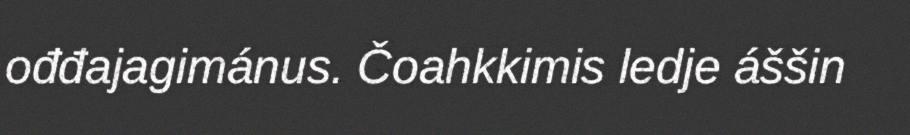
ođđajagimánus. Čoahkkimis ledje áššin